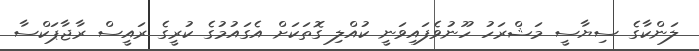
ލަންކާގެ ސިޔާސީ މަޝްރަހު ހޫނުވެފައިވަނީ ކުއްލި ގޮތަކަށް އެގައުމުގެ ކުރީގެ ރައީސް ރާޖާޕަކްސާ